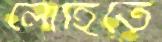
লোহিতে